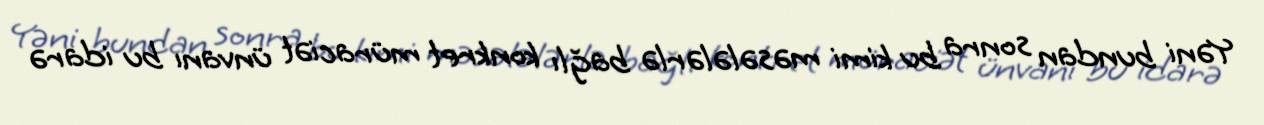
Yəni bundan sonra bu kimi məsələlərlə bağlı konkret müraciət ünvanı bu idarə